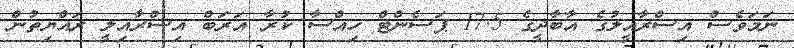
ނަމަވެސް އިސްރާއީލުގެ އާބާދީގެ 17.5 ޕަސެންޓް ހިއްސާ ކުރާ އަރަބް އިސްރާއިލީ ރައްޔިތުން